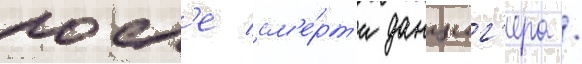
посл'е см'е́рт'и данциг'ера /